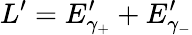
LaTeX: L^{\prime}=E_{\gamma_{+}}^{\prime}+E_{\gamma_{-}}^{\prime}